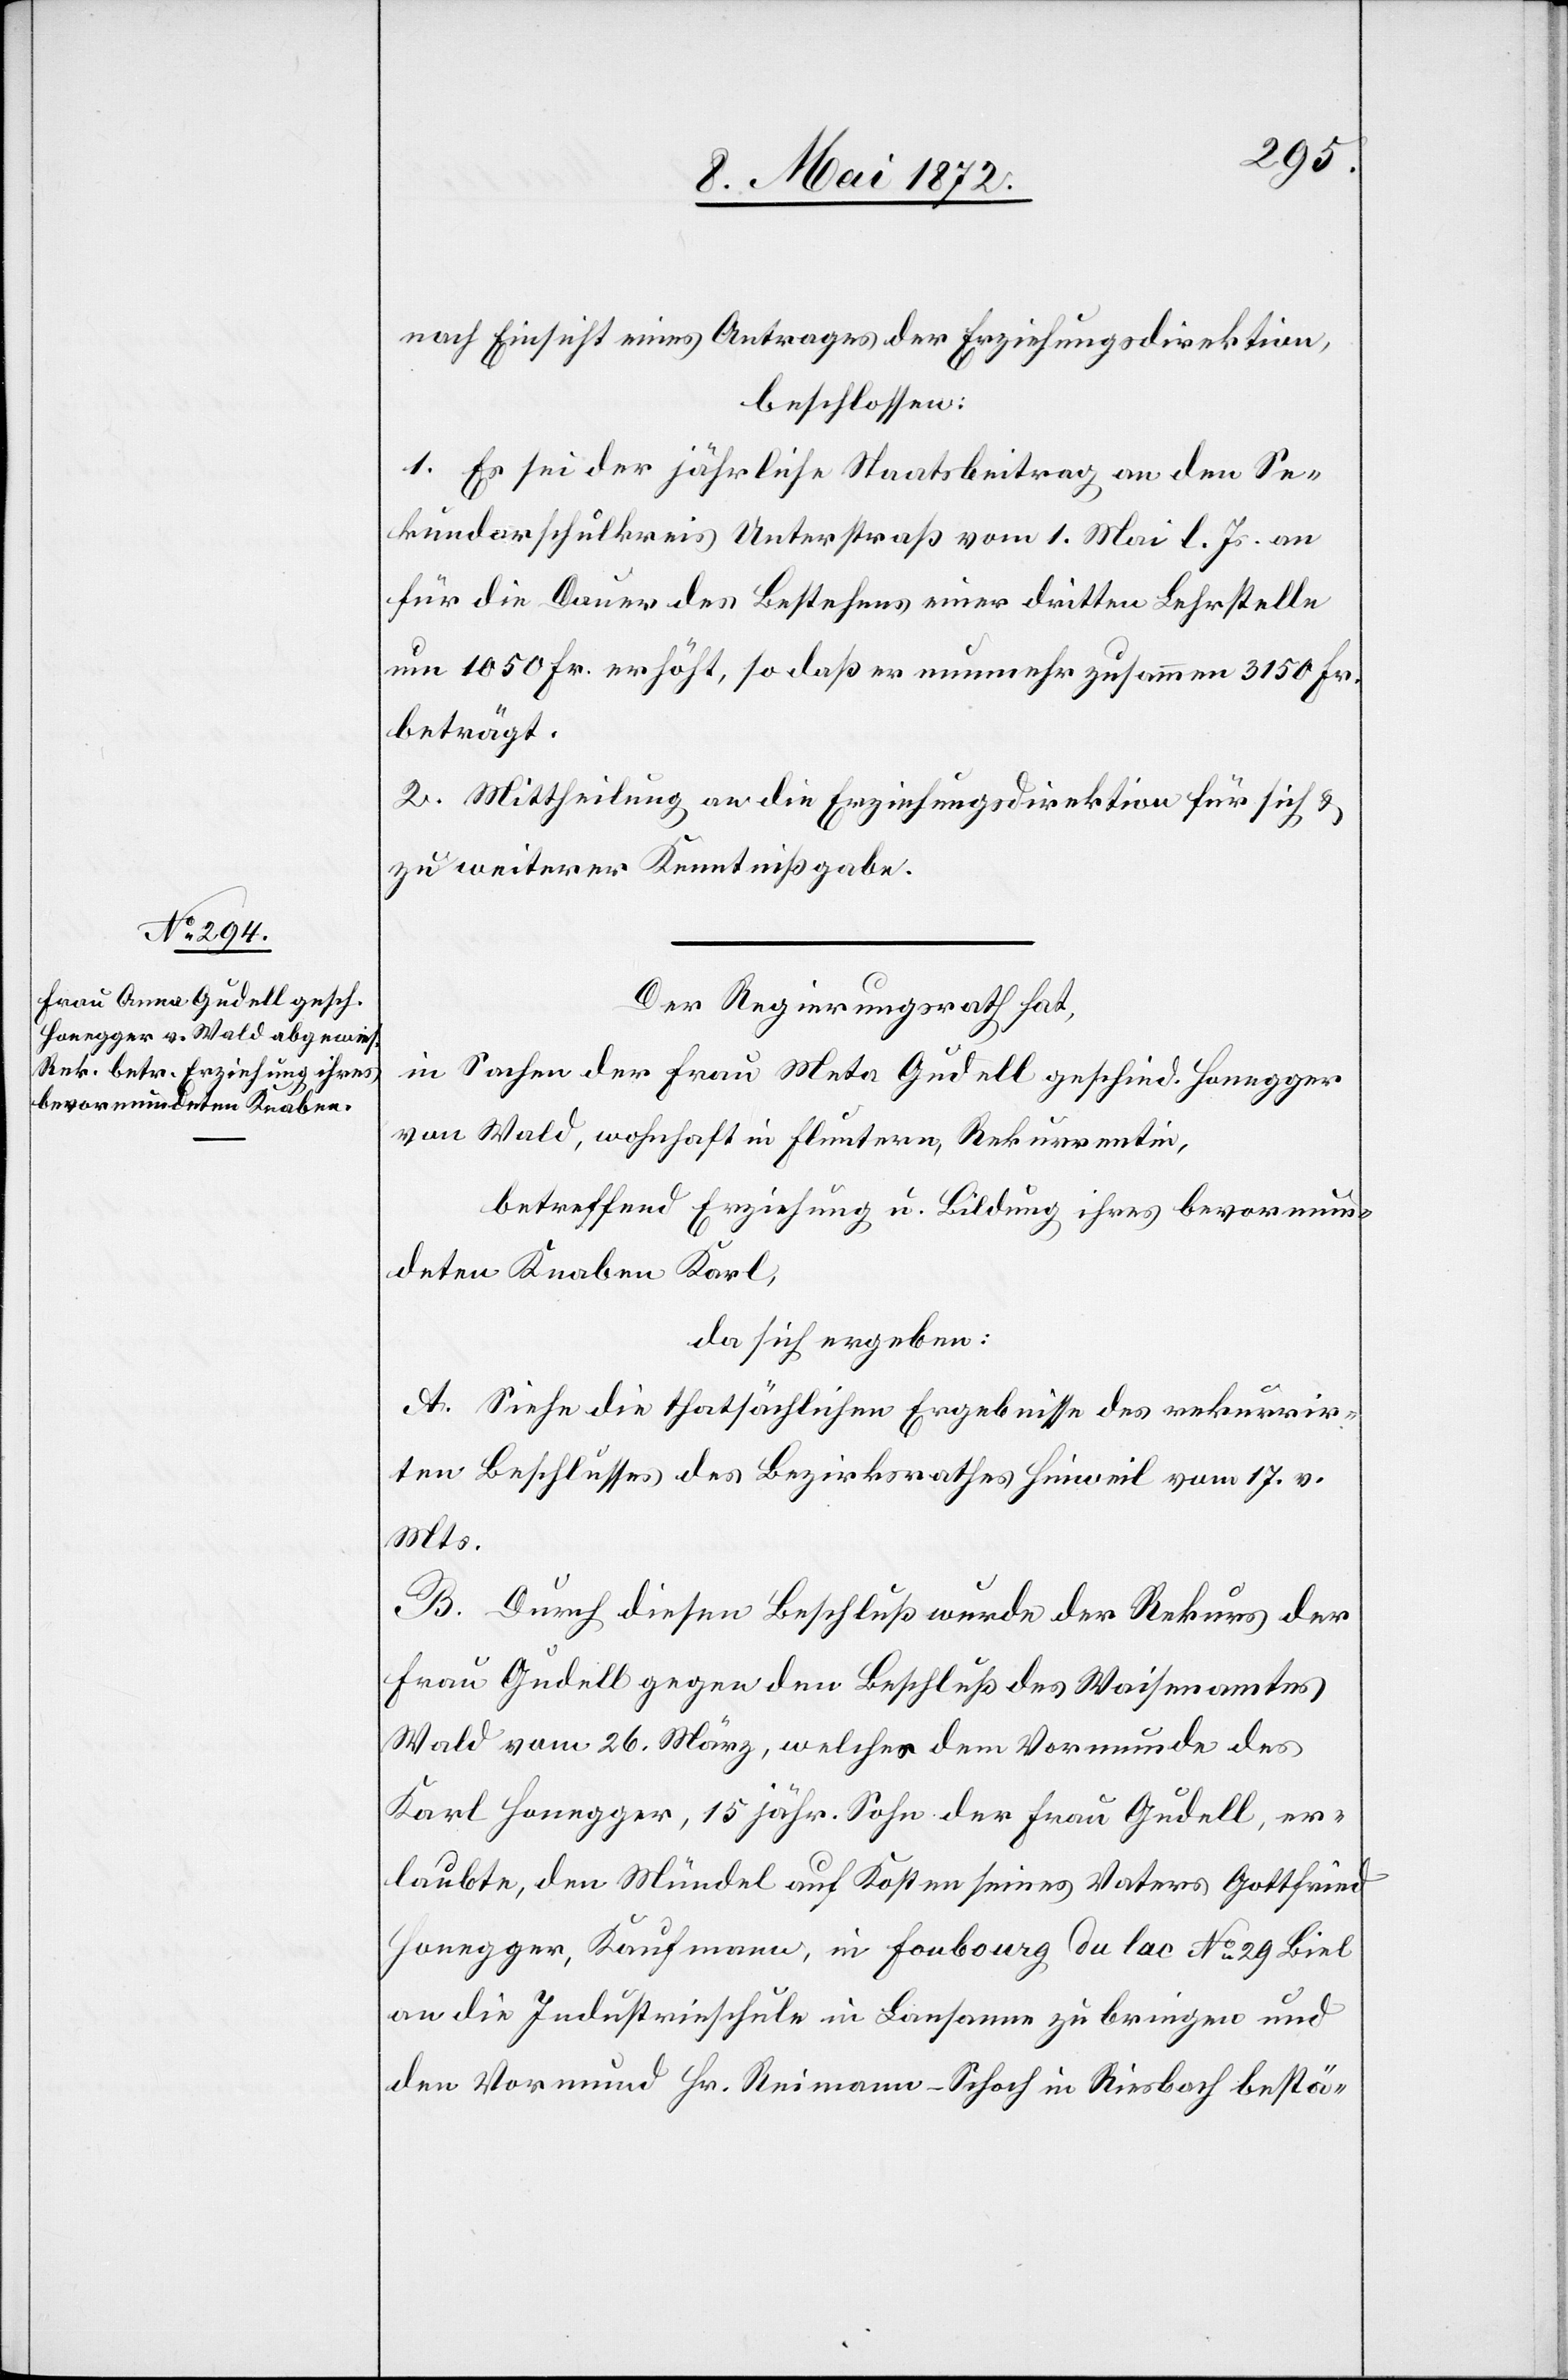
nach Einsicht eines Antrages der Erziehungsdirektion,
beschlossen:
1. Es sei der jährliche Staatsbeitrag an den Se¬
kundarschulkreis Unterstraß vom 1. Mai l. Js. an
für die Dauer des Bestehens einer dritten Lehrstelle
um 1050 Fr. erhöht, so daß er nunmehr zusammen 3150 Fr.
beträgt.
2. Mittheilung an die Erziehungsdirektion für sich u.
zu weiterer Kenntnißgabe.
Der Regierungsrath hat,
in Sachen der Frau Meta Gudell [sic!] geschied. Honegger
von Wald, wohnhaft in Fluntern, Rekurrentin,
betreffend Erziehung u. Bildung ihres bevormun¬
deten Knaben Karl,
da sich ergeben:
A. Siehe die thatsächlichen Ergebnisse des rekurrir¬
ten Beschlusses des Bezirksrathes Hinweil vom 17. v.
Mts.
B. Durch diesen Beschluß wurde der Rekurs der
Frau Gudell gegen den Beschluß des Waisenamtes
Wald vom 26. März, welcher dem Vormunde des
Karl Honegger, 15 jähr. Sohn der Frau Gudell, er¬
laubte, den Mündel auf Kosten seines Vaters Gottfried
Honegger, Kaufmann, in Foubourg du lac No 29 Biel
an die Industrieschule in Lausanne zu bringen und
den Vormund Hr. Reimann-Schoch in Riesbach bestä-